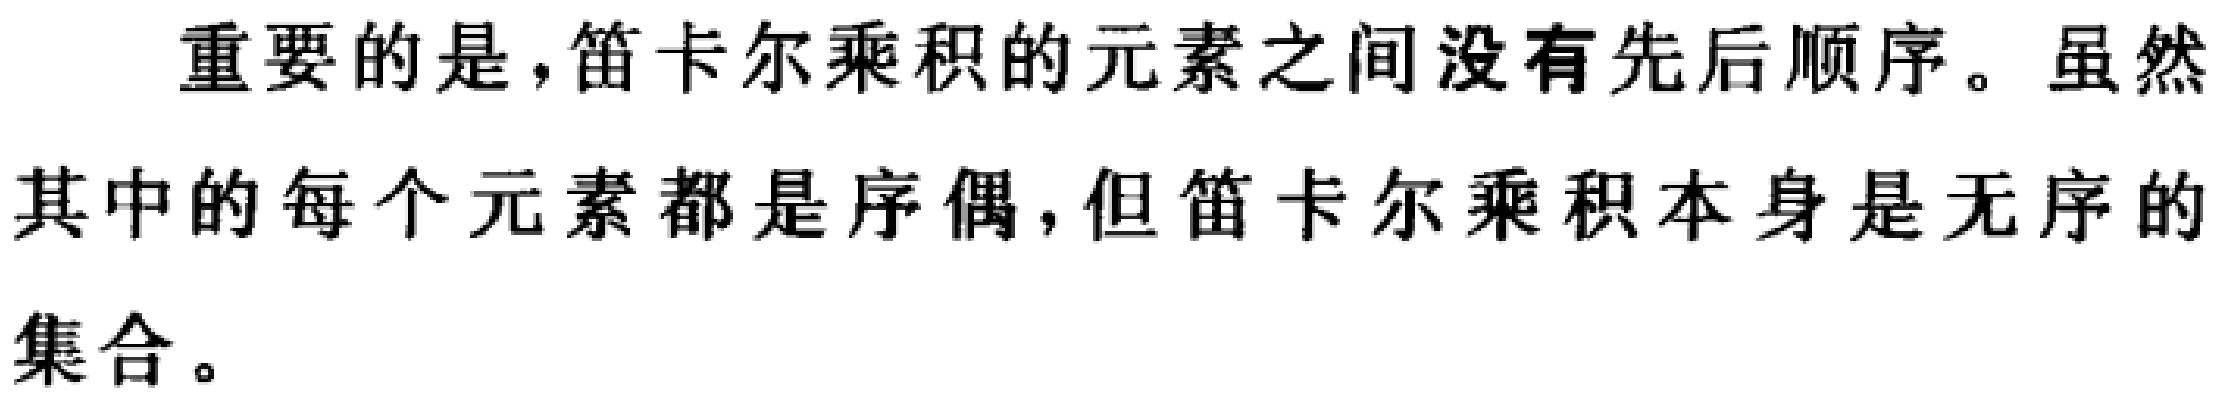
重要的是，笛卡尔乘积的元素之间没有先后顺序。虽然其中的每个元素都是序偶，但笛卡尔乘积本身是无序的集合。